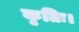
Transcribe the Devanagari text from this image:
कृतिः।